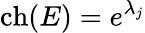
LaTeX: \operatorname{ch}(E)=e^{\lambda_{j}}